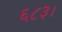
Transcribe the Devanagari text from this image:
६८३।